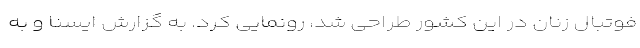
فوتبال زنان در این کشور طراحی شد، رونمایی کرد. به گزارش ایسنا و به